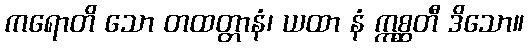
ကရောတိ သော တထတ္တာနံ၊ ယထာ နံ ဣစ္ဆတီ ဒိသော။